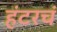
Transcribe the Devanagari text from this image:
हंटरचं